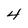
Character: 4